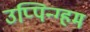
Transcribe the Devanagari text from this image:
उप्पिन्ग्हम